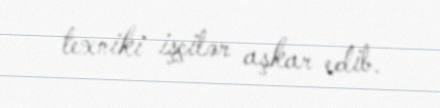
texniki işçilər aşkar edib.